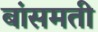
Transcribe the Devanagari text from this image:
बांसमती